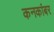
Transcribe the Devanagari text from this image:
कनकांबर